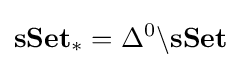
\mathbf {sSet} _{*}=\Delta ^{0}\backslash \mathbf {sSet}